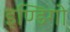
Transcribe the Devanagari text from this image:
इण्डिगो